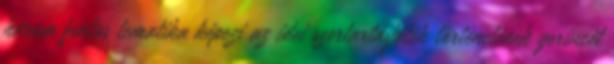
három fontos tematika képezi az idei szertartásjáték történetének gerincét